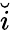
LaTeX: \breve{i}